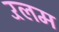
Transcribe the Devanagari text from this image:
रॅलम